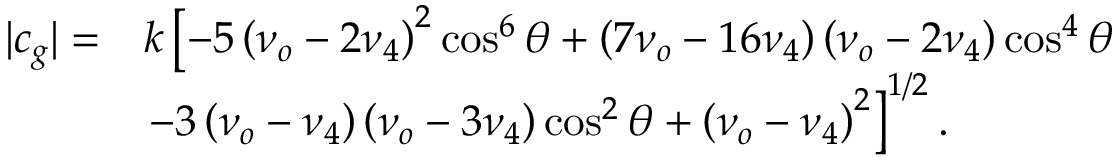
\begin{array} { r l } { | c _ { g } | = } & { k \left[ - 5 \left( \nu _ { o } - 2 \nu _ { 4 } \right) ^ { 2 } \cos ^ { 6 } \theta + \left( 7 \nu _ { o } - 1 6 \nu _ { 4 } \right) \left( \nu _ { o } - 2 \nu _ { 4 } \right) \cos ^ { 4 } \theta \right. } \\ & { \left. - 3 \left( \nu _ { o } - \nu _ { 4 } \right) \left( \nu _ { o } - 3 \nu _ { 4 } \right) \cos ^ { 2 } \theta + \left( \nu _ { o } - \nu _ { 4 } \right) ^ { 2 } \right] ^ { 1 / 2 } . } \end{array}